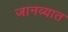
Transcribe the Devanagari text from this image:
जानव्यात